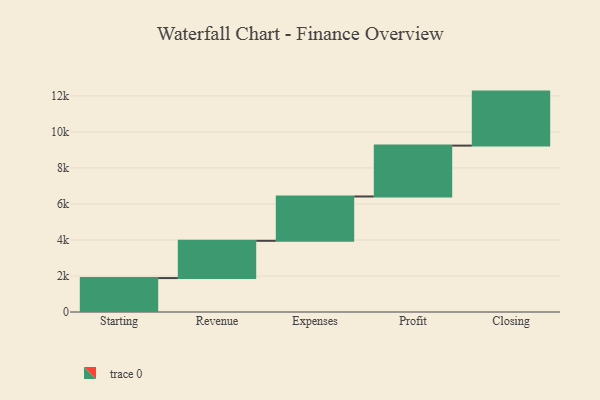
{"axis": {"x": "Step", "y": "Value"}, "legend": [""], "data": [{"x": "Starting", "y": 1884.0, "type": ""}, {"x": "Revenue", "y": 2071.0, "type": ""}, {"x": "Expenses", "y": 2462.0, "type": ""}, {"x": "Profit", "y": 2826.0, "type": ""}, {"x": "Closing", "y": 3000, "type": ""}]}